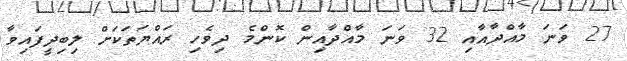
27 ވަނަ މާއްދާއާއި 32 ވަނަ މާއްދާއިން ކޮންމެ ދިވެހި ރައްޔަތަކަށް ލިބިދީފައިވާ